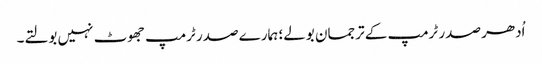
اُدھر صدر ٹرمپ کے ترجمان بولے؛ ہمارے صدر ٹرمپ جھوٹ نہیں بولتے۔